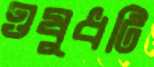
ওষুধটি